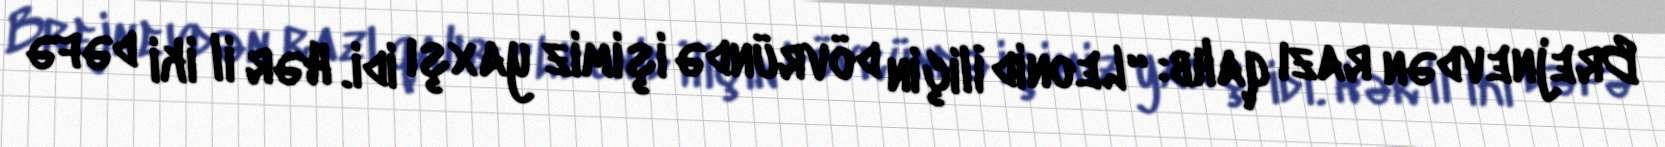
Brejnevdən razı qalıb: “Leonid İliçin dövründə işimiz yaxşı idi. Hər il iki dəfə